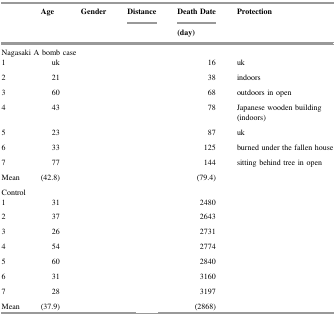
<table><thead><tr><td rowspan="2">[EMPTY_CELL]</td><td rowspan="2"><b>Age</b></td><td rowspan="2"><b>Gender</b></td><td><b>Distance</b></td><td><b>Death Date</b></td><td rowspan="2"><b>Protection</b></td></tr><tr><td>[EMPTY_CELL]</td><td><b>(day)</b></td></tr></thead><tbody><tr><td colspan="6">Nagasaki A bomb case</td></tr><tr><td>1</td><td>uk</td><td>[EMPTY_CELL]</td><td>[EMPTY_CELL]</td><td>16</td><td>uk</td></tr><tr><td>2</td><td>21</td><td>[EMPTY_CELL]</td><td>[EMPTY_CELL]</td><td>38</td><td>indoors</td></tr><tr><td>3</td><td>60</td><td>[EMPTY_CELL]</td><td>[EMPTY_CELL]</td><td>68</td><td>outdoors in open</td></tr><tr><td>4</td><td>43</td><td>[EMPTY_CELL]</td><td>[EMPTY_CELL]</td><td>78</td><td>Japanese wooden building (indoors)</td></tr><tr><td>5</td><td>23</td><td>[EMPTY_CELL]</td><td>[EMPTY_CELL]</td><td>87</td><td>uk</td></tr><tr><td>6</td><td>33</td><td>[EMPTY_CELL]</td><td>[EMPTY_CELL]</td><td>125</td><td>burned under the fallen house</td></tr><tr><td>7</td><td>77</td><td>[EMPTY_CELL]</td><td>[EMPTY_CELL]</td><td>144</td><td>sitting behind tree in open</td></tr><tr><td>Mean</td><td>(42.8)</td><td>[EMPTY_CELL]</td><td>[EMPTY_CELL]</td><td>(79.4)</td><td>[EMPTY_CELL]</td></tr><tr><td colspan="6">Control</td></tr><tr><td>1</td><td>31</td><td>[EMPTY_CELL]</td><td>[EMPTY_CELL]</td><td>2480</td><td>[EMPTY_CELL]</td></tr><tr><td>2</td><td>37</td><td>[EMPTY_CELL]</td><td>[EMPTY_CELL]</td><td>2643</td><td>[EMPTY_CELL]</td></tr><tr><td>3</td><td>26</td><td>[EMPTY_CELL]</td><td>[EMPTY_CELL]</td><td>2731</td><td>[EMPTY_CELL]</td></tr><tr><td>4</td><td>54</td><td>[EMPTY_CELL]</td><td>[EMPTY_CELL]</td><td>2774</td><td>[EMPTY_CELL]</td></tr><tr><td>5</td><td>60</td><td>[EMPTY_CELL]</td><td>[EMPTY_CELL]</td><td>2840</td><td>[EMPTY_CELL]</td></tr><tr><td>6</td><td>31</td><td>[EMPTY_CELL]</td><td>[EMPTY_CELL]</td><td>3160</td><td>[EMPTY_CELL]</td></tr><tr><td>7</td><td>28</td><td>[EMPTY_CELL]</td><td>[EMPTY_CELL]</td><td>3197</td><td>[EMPTY_CELL]</td></tr><tr><td>Mean</td><td>(37.9)</td><td>[EMPTY_CELL]</td><td>[EMPTY_CELL]</td><td>(2868)</td><td>[EMPTY_CELL]</td></tr></tbody></table>